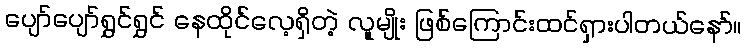
ပျော်ပျော်ရွှင်ရွှင် နေထိုင်လေ့ရှိတဲ့ လူမျိုး ဖြစ်ကြောင်းထင်ရှားပါတယ်နော်။